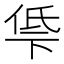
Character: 𫢵